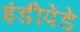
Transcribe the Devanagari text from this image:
इंडीपेंडें